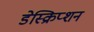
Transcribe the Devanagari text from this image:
डेस्क्रिप्शन